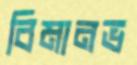
বিমানভ